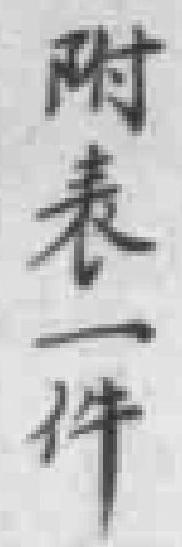
附表一件